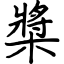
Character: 槳